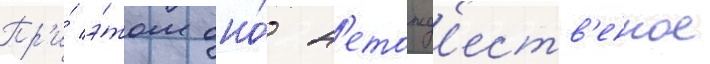
Пр'и́ э́том оно́ н'етожд'еств'енное